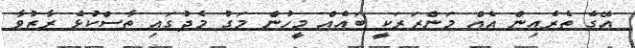
އޭގެ ތެރެއިން އެއް މަންޒަރަކީ ބައެއް މީހުން މަގު މެދުގައި ތާސްކުޅެ ރާޒުވާ